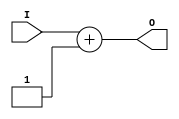
module addOne (
    input wire [6:0] I,
    output wire [6:0] O
);
    assign O = I + 1'b1;
endmodule